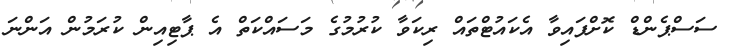
ސަސްޕެންޑް ކޮށްފައިވާ އެކައުޓްތައް ރިކަވާ ކުރުމުގެ މަސައްކަތް އެ ޕާޓިއިން ކުރަމުން އަންނަ